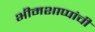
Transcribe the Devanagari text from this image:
भीमशाप्पांची